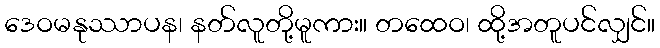
ဒေဝမနုဿာပန၊ နတ်လူတို့မူကား။ တထေဝ၊ ထို့အတူပင်လျှင်။